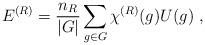
LaTeX: \begin{align*}E^{(R)}= {n_R\over |G|}\sum_{g\in G} \chi^{(R)}(g) U(g)~,\end{align*}